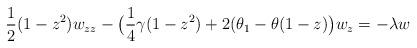
LaTeX: \begin{align*}\frac{1}{2}(1-z^2)w_{zz} -\big (\frac{1}{4}\gamma(1-z^2)+ 2(\theta_1-\theta(1-z)\big )w_z = - \lambda w\end{align*}